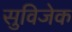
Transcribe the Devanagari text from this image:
सुविजेक